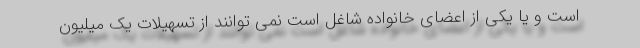
است و یا یکی از اعضای خانواده شاغل است نمی توانند از تسهیلات یک میلیون